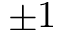
\pm 1